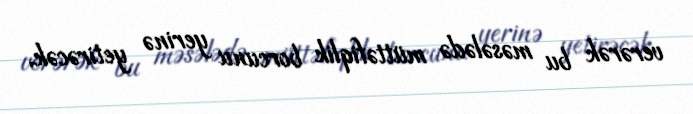
verərək bu məsələdə müttəfiqlik borcunu yerinə yetirəcək.